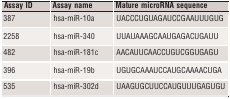
| Assay ID | Assay name | Mature microRNA sequence |
 | --- | --- | --- |
 | 387 | hsa-miR-10a | UACCCUGUAGAUCCGAAUUUGUG |
 | 2258 | hsa-miR-340 | UUAUAAAGCAAUGAGACUGAUU |
 | 482 | hsa-miR-181c | AACAUUCAACCUGUCGGUGAGU |
 | 396 | hsa-miR-19b | UGUGCAAAUCCAUGCAAAACUGA |
 | 535 | hsa-miR-302d | UAAGUGCUUCCAUGUUUGAGUGU |